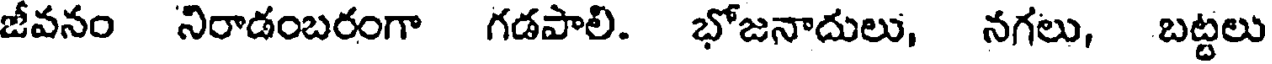
జీవనం నిరాడంబరంగా గడపాలి. భోజనాదులు, నగలు, బట్టలు